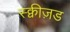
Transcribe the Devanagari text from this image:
स्क्वीज़ड